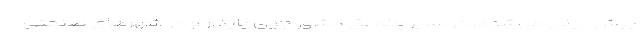
پیش بینی می‌شود. در سایر مناطق کشور جوی پایدار و در شهر‌های صنعتی